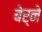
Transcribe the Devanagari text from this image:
बेर्ने